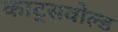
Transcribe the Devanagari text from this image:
काट्सवोल्ड